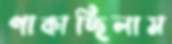
পাকাচ্ছিলাম